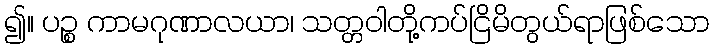
၍။ ပဉ္စ ကာမဂုဏာလယာ၊ သတ္တဝါတို့ကပ်ငြိမိတွယ်ရာဖြစ်သော